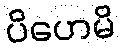
ပိဟေမိ